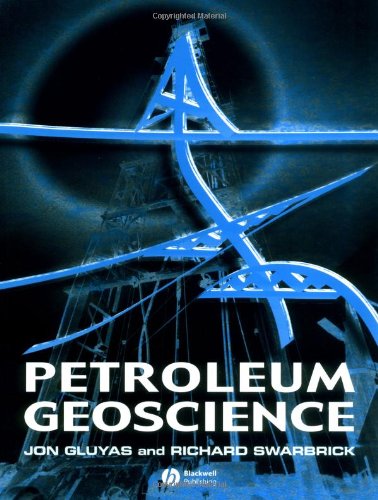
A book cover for Petroleum Geoscience; Jon Gluyas; Science & Math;